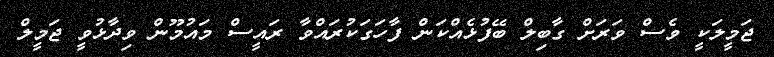
ޖަމީލަކީ ވެސް ވަރަށް ގާބިލް ބޭފުޅެއްކަން ފާހަގަކުރައްވާ ރައީސް މައުމޫން ވިދާޅުވީ ޖަމީލް